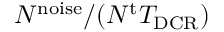
{ N ^ { \mathrm { n o i s e } } } / ( { N ^ { \mathrm { t } } T _ { \mathrm { D C R } } } )